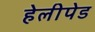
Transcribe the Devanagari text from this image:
हेलीपेड